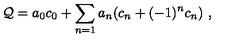
{ \cal Q } = a _ { 0 } c _ { 0 } + \sum _ { n = 1 } a _ { n } ( c _ { n } + ( - 1 ) ^ { n } c _ { n } ) \ ,